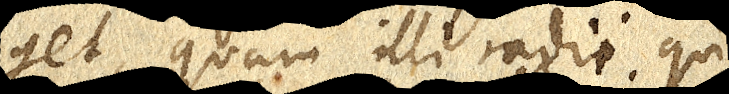
get, quam illi radii qui